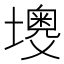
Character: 𡒠